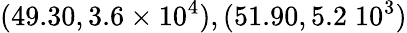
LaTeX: (49.30,3.6\times 10^{4}),(51.90,5.2\; 10^{3})